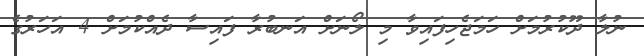
ނުލާ ދޫކުރުމަށް ހަމަޖެހިފައިވާ މި ލޯނަށް އަނބުރާ ފައިސާ ދެއްކުމަށް 4 އަހަރުގެ